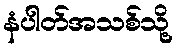
နံပါတ်အသစ်သို့